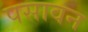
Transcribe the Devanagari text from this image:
पसावन